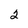
Character: 2